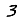
Digit: 3